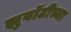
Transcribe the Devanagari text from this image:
झुवॉटीच्या